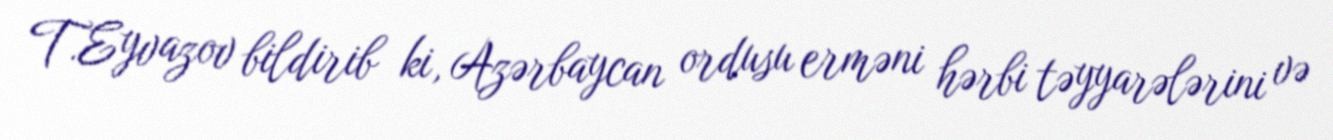
T.Eyvazov bildirib ki, Azərbaycan ordusu erməni hərbi təyyarələrini və